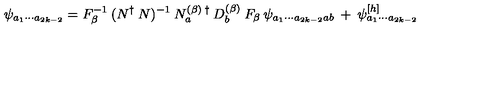
\psi _ { a _ { 1 } \cdots a _ { 2 k - 2 } } = F _ { \beta } ^ { - 1 } \: ( N ^ { \dagger } \: N ) ^ { - 1 } \: N _ { a } ^ { ( \beta ) \: \dagger } \: D _ { b } ^ { ( \beta ) } \: F _ { \beta } \: \psi _ { a _ { 1 } \cdots a _ { 2 k - 2 } a b } \: + \: \psi _ { a _ { 1 } \cdots a _ { 2 k - 2 } } ^ { [ h ] }